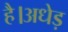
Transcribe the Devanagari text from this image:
है।अधेड़